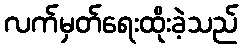
လက်မှတ်ရေးထိုးခဲ့သည်